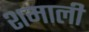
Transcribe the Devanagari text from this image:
शमाली